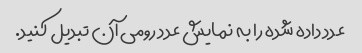
عدد داده شده را به نمایش عدد رومی آن تبدیل کنید.